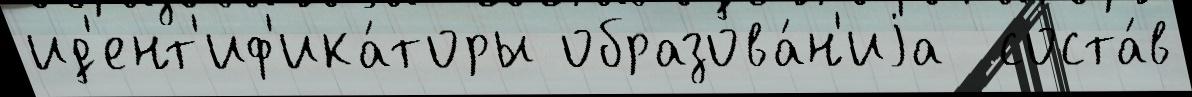
ид'ент'иф'ика́торы образова́н'иjа  соста́в